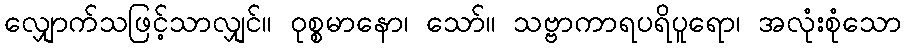
လျှောက်သဖြင့်သာလျှင်။ ဝုစ္စမာနော၊ သော်။ သဗ္ဗာကာရပရိပူရော၊ အလုံးစုံသော